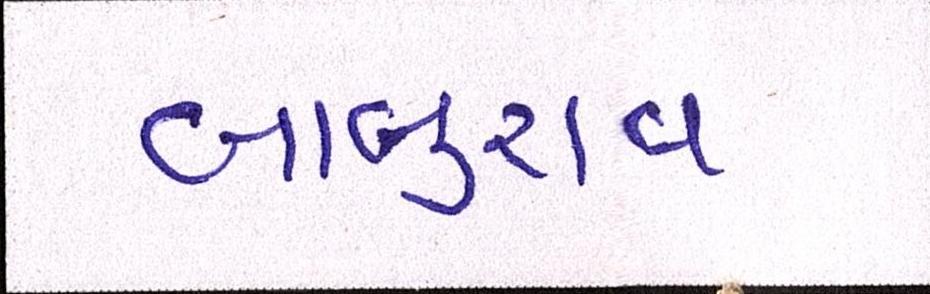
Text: બાબુરાવ